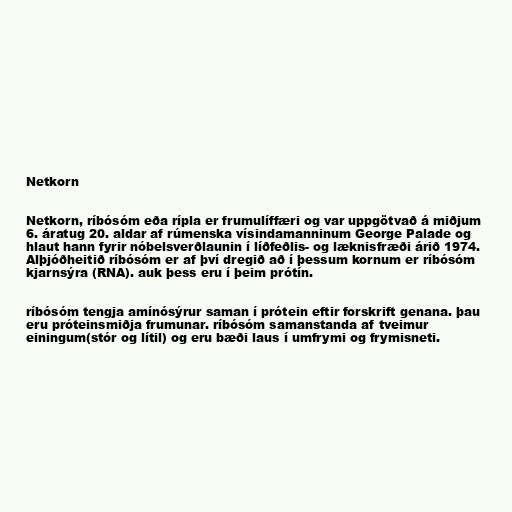
Netkorn

Netkorn, ríbósóm eða rípla er frumulíffæri og var uppgötvað á miðjum
6. áratug 20. aldar af rúmenska vísindamanninum George Palade og
hlaut hann fyrir nóbelsverðlaunin í líðfeðlis- og læknisfræði árið 1974.
Alþjóðheitið ríbósóm er af því dregið að í þessum kornum er ríbósóm
kjarnsýra (RNA). auk þess eru í þeim prótín.

ríbósóm tengja amínósýrur saman í prótein eftir forskrift genana. þau
eru próteinsmiðja frumunar. ríbósóm samanstanda af tveimur
einingum(stór og lítil) og eru bæði laus í umfrymi og frymisneti.